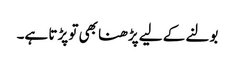
بولنے کے لیے پڑھنا بھی تو پڑتا ہے۔